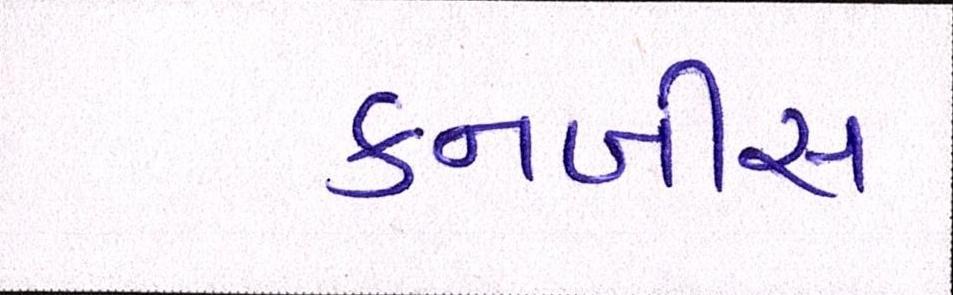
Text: કનબીસ